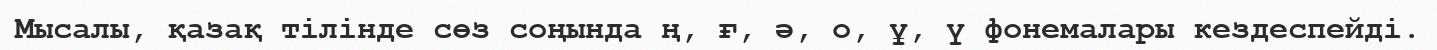
Мысалы, қазақ тілінде сөз соңында ң, ғ, ә, о, ұ, ү фонемалары кездеспейді.